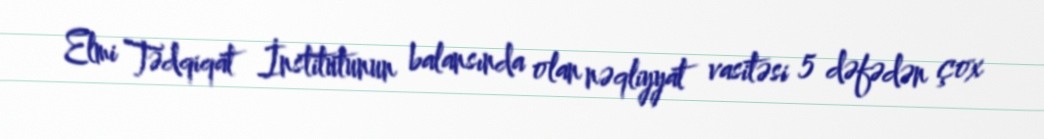
Elmi Tədqiqat İnstitutunun balansında olan nəqliyyat vasitəsi 5 dəfədən çox